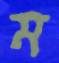
ম